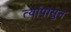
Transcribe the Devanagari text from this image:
त्यांपासुन